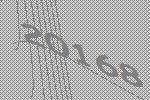
20168